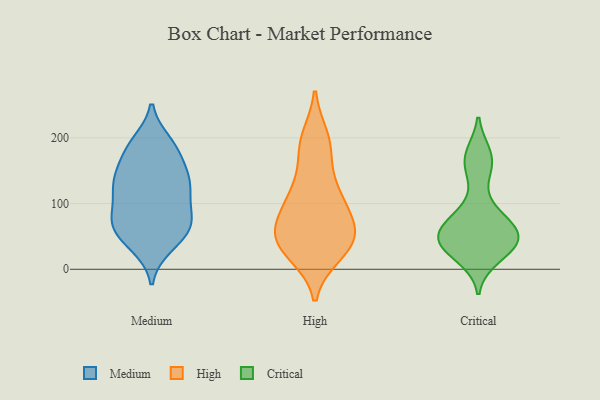
{"axis": {"x": "Market Share (%)", "y": "Value"}, "legend": ["Critical", "High", "Medium"], "data": [{"x": "", "y": 136, "type": "Medium"}, {"x": "", "y": 81, "type": "Medium"}, {"x": "", "y": 36, "type": "Medium"}, {"x": "", "y": 83, "type": "Medium"}, {"x": "", "y": 45, "type": "Medium"}, {"x": "", "y": 122, "type": "Medium"}, {"x": "", "y": 45, "type": "Medium"}, {"x": "", "y": 72, "type": "Medium"}, {"x": "", "y": 184, "type": "Medium"}, {"x": "", "y": 192, "type": "Medium"}, {"x": "", "y": 121, "type": "Medium"}, {"x": "", "y": 67, "type": "Medium"}, {"x": "", "y": 181, "type": "Medium"}, {"x": "", "y": 184, "type": "Medium"}, {"x": "", "y": 73, "type": "Medium"}, {"x": "", "y": 152, "type": "Medium"}, {"x": "", "y": 133, "type": "Medium"}, {"x": "", "y": 70, "type": "Medium"}, {"x": "", "y": 123, "type": "Medium"}, {"x": "", "y": 136, "type": "Medium"}, {"x": "", "y": 48, "type": "High"}, {"x": "", "y": 179, "type": "High"}, {"x": "", "y": 200, "type": "High"}, {"x": "", "y": 83, "type": "High"}, {"x": "", "y": 62, "type": "High"}, {"x": "", "y": 119, "type": "High"}, {"x": "", "y": 23, "type": "High"}, {"x": "", "y": 113, "type": "High"}, {"x": "", "y": 32, "type": "High"}, {"x": "", "y": 54, "type": "High"}, {"x": "", "y": 175, "type": "Critical"}, {"x": "", "y": 68, "type": "Critical"}, {"x": "", "y": 30, "type": "Critical"}, {"x": "", "y": 75, "type": "Critical"}, {"x": "", "y": 55, "type": "Critical"}, {"x": "", "y": 147, "type": "Critical"}, {"x": "", "y": 86, "type": "Critical"}, {"x": "", "y": 47, "type": "Critical"}, {"x": "", "y": 18, "type": "Critical"}, {"x": "", "y": 42, "type": "Critical"}, {"x": "", "y": 43, "type": "Critical"}, {"x": "", "y": 42, "type": "Critical"}, {"x": "", "y": 169, "type": "Critical"}]}